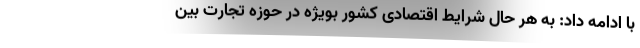
با ادامه داد: به هر حال شرایط اقتصادی کشور بویژه در حوزه تجارت بین